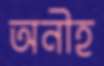
অনীহ